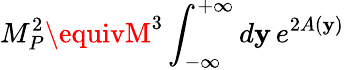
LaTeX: M_{P}^{2}\equivM^{3}\int_{-\infty}^{+\infty}d\mathbf{y}\, e^{2A(\mathbf{y})}